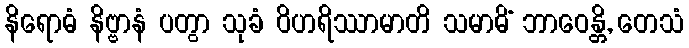
နိရောဓံ နိဗ္ဗာနံ ပတွာ သုခံ ဝိဟရိဿာမာတိ သမာဓိံ ဘာဝေန္တိ, တေသံ